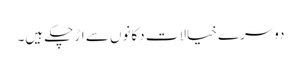
دوسرے خیالات دکانوں سے اڑ چکے ہیں۔